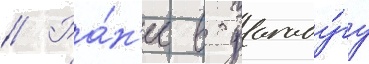
// Ра́н'ее в уагаду́гу